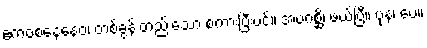
ဧကဝစနေနေဝ၊ တစ်ခွန်းတည်းသော စကားပြီးပင်။ အပဂစ္ဆိ၊ ဖယ်ပြီ။ ပုန၊ ပေ။